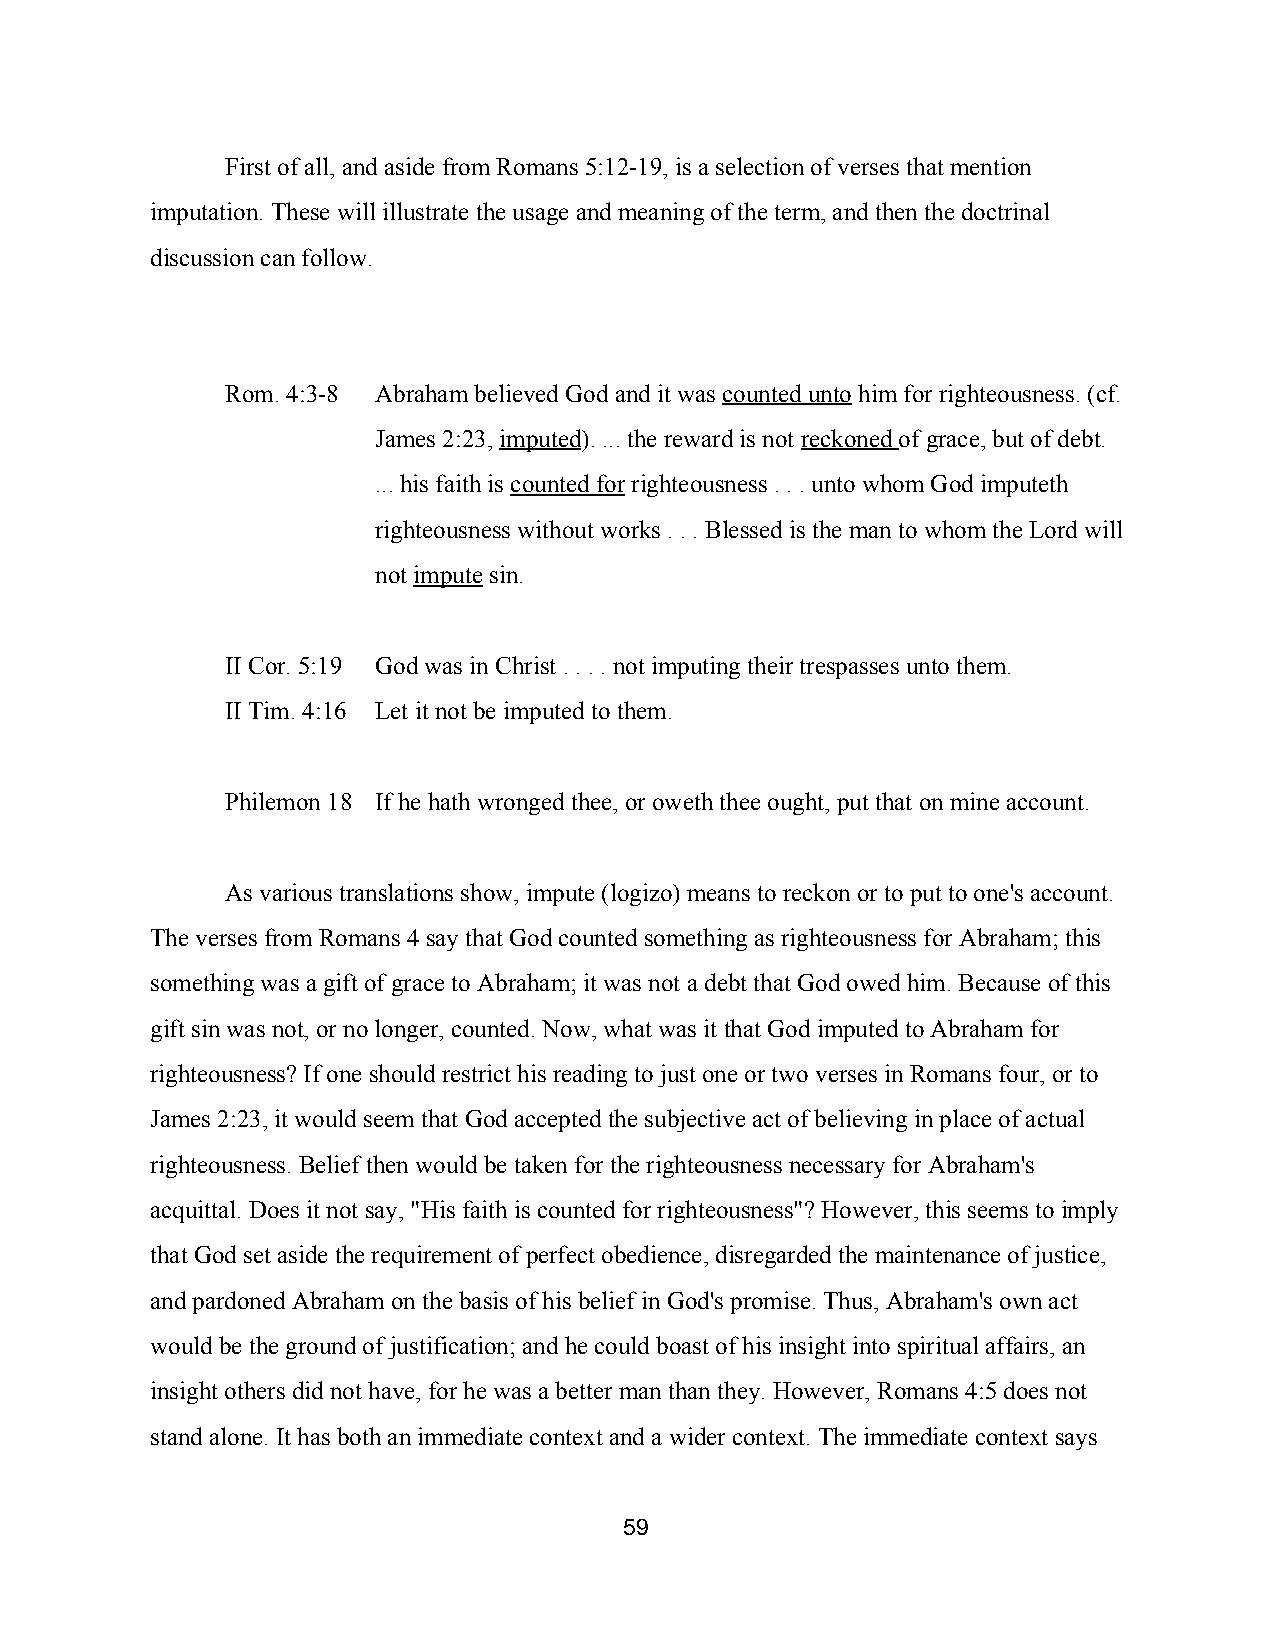
First of all, and aside from Romans 5:12­19, is a selection of verses that mention
 imputation. These will illustrate the usage and meaning of the term, and then the doctrinal
 discussion can follow.
 Rom. 4:3­8 Abraham believed God and it was counted unto him for righteousness. (cf.
 ​       ​
 James 2:23, imputed). ... the reward is not reckoned of grace, but of debt.
 ​    ​              ​     ​
 ... his faith is counted for righteousness . . . unto whom God imputeth
 ​      ​
 righteousness without works . . . Blessed is the man to whom the Lord will
 not impute sin.
 ​    ​
 II Cor. 5:19 God was in Christ . . . . not imputing their trespasses unto them.
 II Tim. 4:16 Let it not be imputed to them.
 Philemon 18 If he hath wronged thee, or oweth thee ought, put that on mine account.
 As various translations show, impute (logizo) means to reckon or to put to one's account.
 The verses from Romans 4 say that God counted something as righteousness for Abraham; this
 something was a gift of grace to Abraham; it was not a debt that God owed him. Because of this
 gift sin was not, or no longer, counted. Now, what was it that God imputed to Abraham for
 righteousness? If one should restrict his reading to just one or two verses in Romans four, or to
 James 2:23, it would seem that God accepted the subjective act of believing in place of actual
 righteousness. Belief then would be taken for the righteousness necessary for Abraham's
 acquittal. Does it not say, "His faith is counted for righteousness"? However, this seems to imply
 that God set aside the requirement of perfect obedience, disregarded the maintenance of justice,
 and pardoned Abraham on the basis of his belief in God's promise. Thus, Abraham's own act
 would be the ground of justification; and he could boast of his insight into spiritual affairs, an
 insight others did not have, for he was a better man than they. However, Romans 4:5 does not
 stand alone. It has both an immediate context and a wider context. The immediate context says
 59